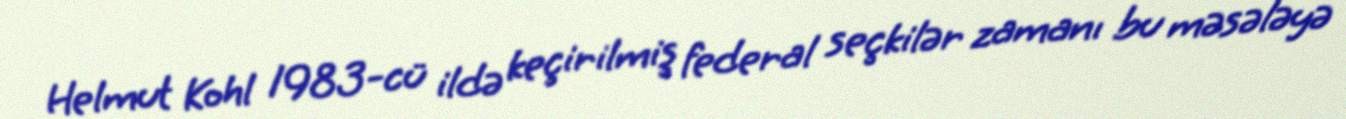
Helmut Kohl 1983-cü ildə keçirilmiş federal seçkilər zamanı bu məsələyə